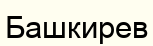
Башкирев